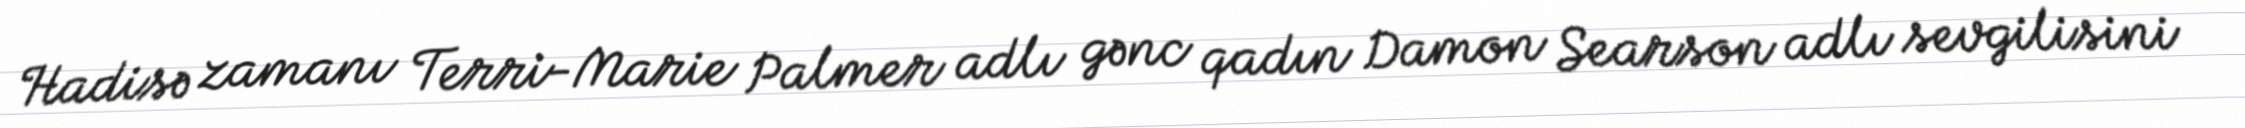
Hadisə zamanı Terri-Marie Palmer adlı gənc qadın Damon Searson adlı sevgilisini